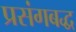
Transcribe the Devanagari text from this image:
प्रसंगबद्ध